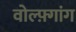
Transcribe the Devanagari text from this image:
वोल्फ़्गांग